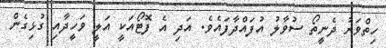
ހިތްވަރު ދެނީތޯ ސުވާލު އުފައްދާފައެވެ. އަދި އެ ފޮޓޯއަކީ އަލީ ވަހީދާއި ގުޅިގެން